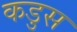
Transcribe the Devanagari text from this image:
कडुस